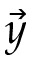
\vec { y }